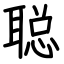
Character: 聪